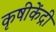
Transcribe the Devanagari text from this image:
कृषीकेंद्री